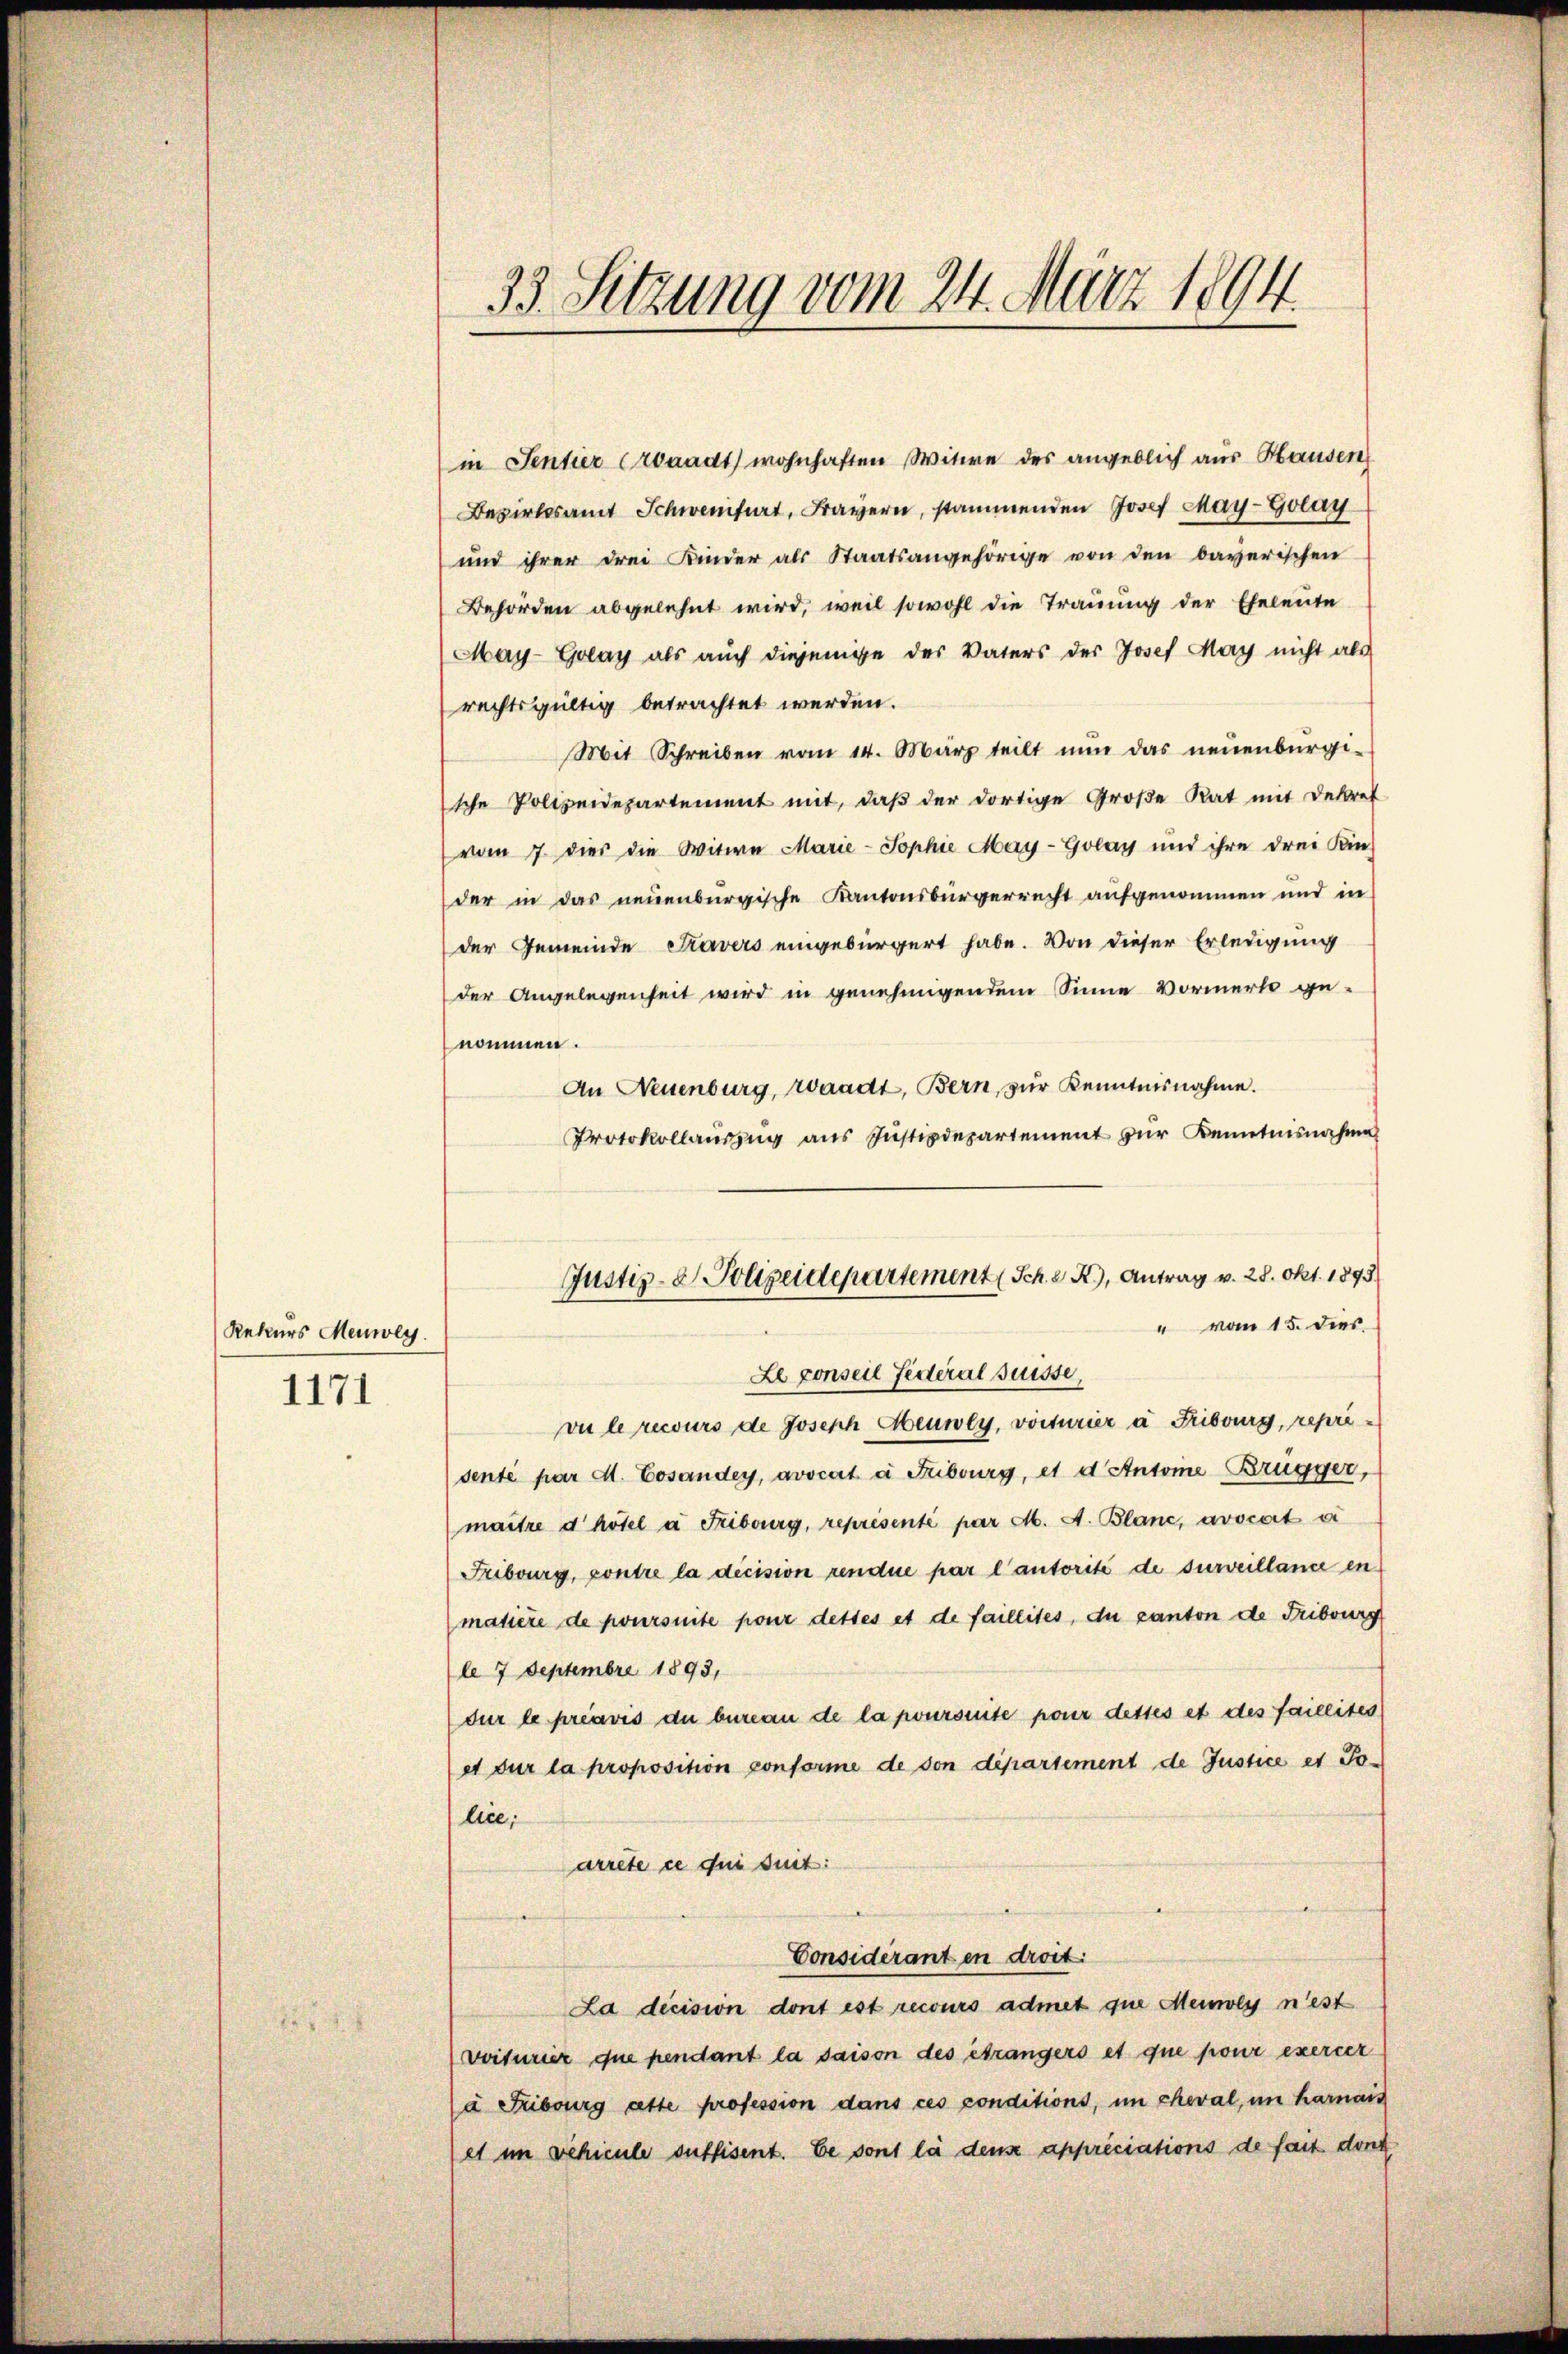
Rekurs Meuwey.
1171

in Sentier Croaadt wohnhaften Witwe des angeblich aus Hausen
Bezirksamt Schwenfurt, Frayern, stammenden Josef May-Golay
und ihrer drei Kinder als Staatsangehörige von den bayerischen
Behörden abgelehnt wird, weil sowohl die Trauung der Eheleute
May-Golay als auch diejenige der Vaters der Josef May nicht als
rechtsgültig betrachtet werden.
Mit Schreiben vom 14. März teilt nŭn das neŭenbürgi-
sche Polizeidepartement mit, daß der dortige Große Rat mit Dekret
vom 7. dies die Witwe Marie-Sophie May-Golay und ihre drei Kin-
der in das neuenburgische Kantonsbürgerrecht aufgenommen und in
der Gemeinde Kavers eingebürgert habe. Von dieser Erledigung
der Angelegenheit wird in genehmigendem Sinne Vormerk ge-
nommen.
An Neuenburg, raadt, Bern, zur Kenntnisnahme.
Protokollaŭszŭg ans Justizdepartement zur Kenntnisnahme
vu le recours de Joseph Heuwey, voiturier à Fribourg, reprisenté par d. Cosardey, avocat à Fribourg, et d Antone Brügger,
maitre d hotel à Fribourg, représenté par M. A. Blanc, avocert ei
Fribourg, contre la dicision rendue par l’autorité de surveillance en
matière de poursuite pour desses et de faillites, du canton de Fribourg
le 7 Septembre 1893,
sur le préavis du bureau de la poursuite pour desses et des faillites
et sur la proposition ponforme de von departement de Justice et Jolice,
arrete ce qui suit:
Considérant en droit.
La decision dont est recours admet que Meinolys n’est
voiturier que pendant la saison des étrangers et que pour exercer
a Fribourg atte profession dans ces conditions, in cheval, im harmais
et im behieule suffisent. Se sont la dense appréciations de fast dont

1
33. Setzung vom 24. März 1894

Justiz- & Polizeidepartement (Sch. X, Antrag v. 28. Okt. 1893.
" vom 15. dies
Le conseil Federal Suisse,